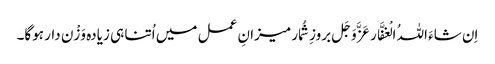
اِن شاءَ اللہُ الْغفَّار عَزَّوَجَل بروزِ شُمار میزانِ عمل میں اُتنا ہی زیادہ وَزْن دار ہوگا۔